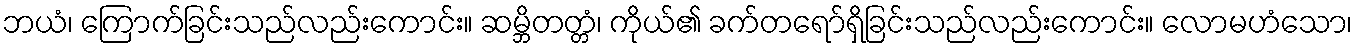
ဘယံ၊ ကြောက်ခြင်းသည်လည်းကောင်း။ ဆမ္ဘိတတ္တံ၊ ကိုယ်၏ ခက်တရော်ရှိခြင်းသည်လည်းကောင်း။ လောမဟံသော၊